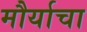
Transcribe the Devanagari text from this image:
मौर्याचा